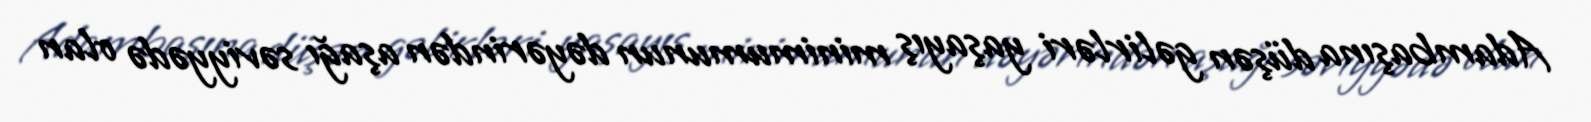
Adambaşına düşən gəlirləri yaşayış minimumunun dəyərindən aşağı səviyyədə olan